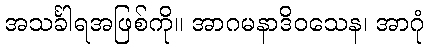
အသင်္ခါရအဖြစ်ကို။ အာဂမနာဒိဝသေန၊ အာဂုံ